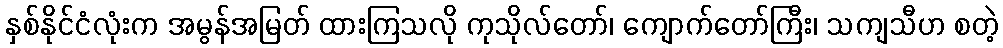
နှစ်နိုင်ငံလုံးက အမွန်အမြတ် ထားကြသလို ကုသိုလ်တော်၊ ကျောက်တော်ကြီး၊ သကျသီဟ စတဲ့